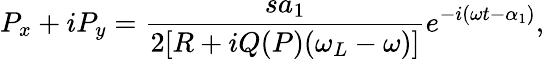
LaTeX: P_{x}+iP_{y}=\frac{sa_{1}}{2[R+iQ(P)(\omega_{L}-\omega)]}e^{-i(\omega t-\alpha_{1})},